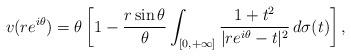
LaTeX: \begin{align*}v(re^{i\theta})=\theta\left[1-\frac{r\sin\theta}{\theta}\int_{[0,+\infty]}\frac{1+t^{2}}{|re^{i\theta}-t|^{2}}\,d\sigma(t)\right],\end{align*}